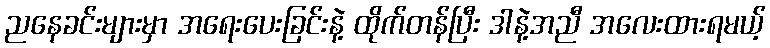
ညနေခင်းများမှာ အရေးပေးခြင်းနဲ့ ထိုက်တန်ပြီး ဒါနဲ့အညီ အလေးထားရမယ့်